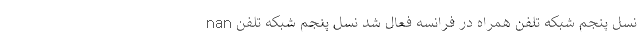
nan نسل پنجم شبکه تلفن همراه در فرانسه فعال شد نسل پنجم شبکه تلفن